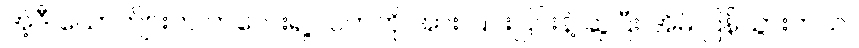
အဲ့ဒီ ယောက်ျားက ကလေးရဲ့ လက်ကို အား ပြင်းပြင်းနဲ့ ဆွဲပြီး အိမ် ပြန်သွားတယ်။